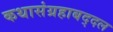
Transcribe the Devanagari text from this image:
कथासंग्रहाबद्दल